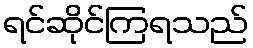
ရင်ဆိုင်ကြရသည်